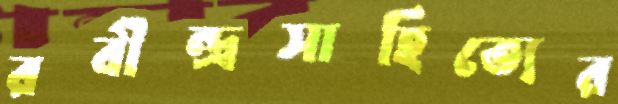
রবীন্দ্রসাহিত্যের